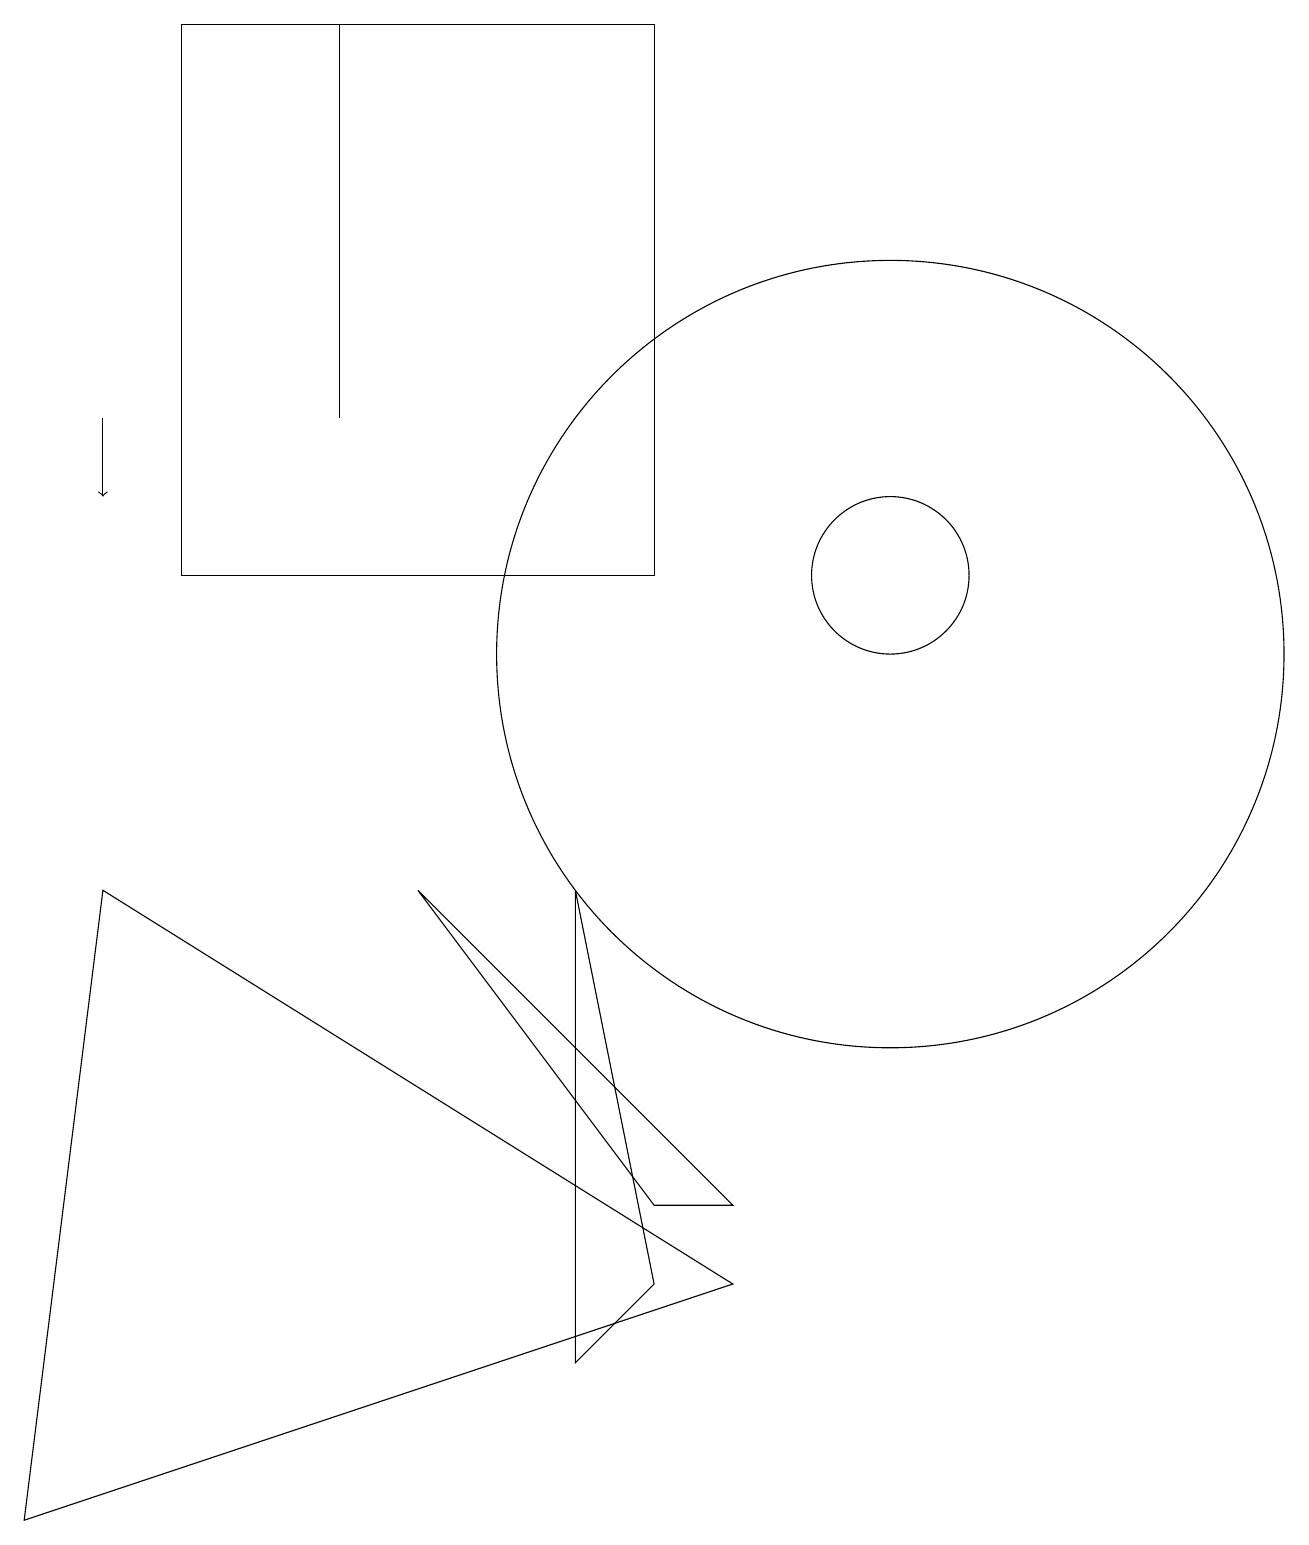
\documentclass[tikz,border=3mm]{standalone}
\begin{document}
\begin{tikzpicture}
\draw (11,11) circle (5);
\draw (4,19) rectangle (4,14);
\draw (0,0) -- (1,8) -- (9,3) -- cycle;
\draw (2,19) rectangle (8,12);
\draw (9,4) -- (8,4) -- (5,8) -- cycle;
\draw (7,2) -- (8,3) -- (7,8) -- cycle;
\draw[->] (1,14) -- (1,13);
\draw (11,12) circle (1);
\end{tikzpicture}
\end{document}